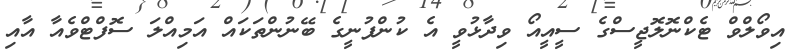
އިވޯލްވް ޓެކްނޮލޮޖީސްގެ ސީއީއޯ ވިދާޅުވީ އެ ކުންފުނީގެ ބޭނުންތަކައް އަމިއްލަ ސޮފްޓްވެއާ އާއި